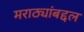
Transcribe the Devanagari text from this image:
मराठ्यांबद्दल